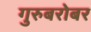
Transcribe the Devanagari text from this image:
गुरुबरोबर